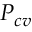
P _ { c v }